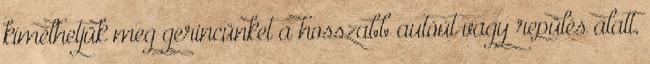
kímélhetjük meg gerincünket a hosszabb autóút vagy repülés alatt,